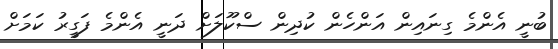
ބުނީ އެންމެ ގިނައިން އަންހެން ކުދިން ސްކޫލަށް ދަނީ އެންމެ ފަގީރު ކަމަށް